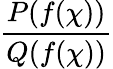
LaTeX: \frac{P(f(\chi))}{Q(f(\chi))}